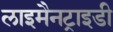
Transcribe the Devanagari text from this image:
लाइमैनट्राइडी